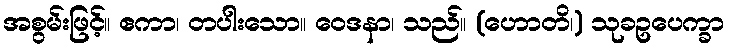
အစွမ်းဖြင့်။ ဧကာ၊ တပါးသော။ ဝေဒနာ၊ သည်။ (ဟောတိ၊) သုခဥပေက္ခာ